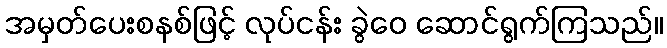
အမှတ်ပေးစနစ်ဖြင့် လုပ်ငန်း ခွဲဝေ ဆောင်ရွက်ကြသည်။